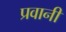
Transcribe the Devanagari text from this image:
प्रवानी